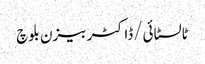
ٹالسٹائی/ڈاکٹر بیزن بلوچ